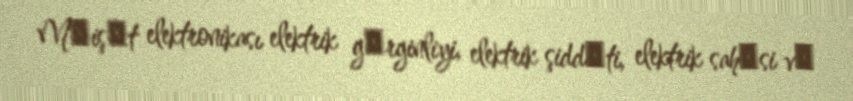
Mәişәt elektronikası elektrik gәrginliyi, elektrik şiddәti, elektrik sahәsi vә